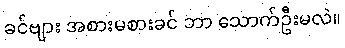
ခင်ဗျား အစားမစားခင် ဘာ သောက်ဦးမလဲ။